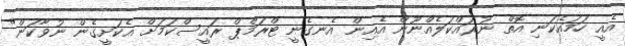
އެއީ ހަމައެކަނި އޮތް ނުރައްކަލެއްނޫން އެއިން އެނގެނީ ޓްރަމްޕް ރައީސްކަމަށް އެކަށީގެން ނުވާކަން"